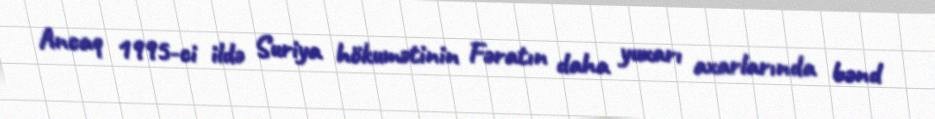
Ancaq 1995-ci ildə Suriya hökumətinin Fəratın daha yuxarı axarlarında bənd